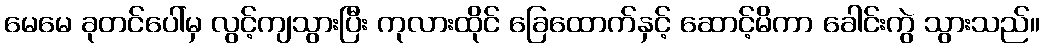
မေမေ ခုတင်ပေါ်မှ လွင့်ကျသွားပြီး ကုလားထိုင် ခြေထောက်နှင့် ဆောင့်မိကာ ခေါင်းကွဲ သွားသည်။